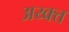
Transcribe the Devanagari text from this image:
अय्क्त्त